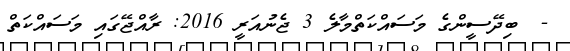
-  ބިދޭސީންގެ މަސައްކަތްމާލެ 3 ޖެނުއަރީ 2016: ރާއްޖޭގައި މަސައްކަތް